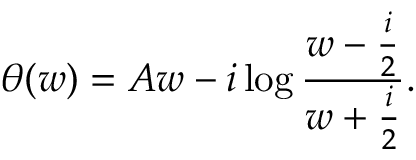
\theta ( w ) = A w - i \log { \frac { w - { \frac { i } { 2 } } } { w + { \frac { i } { 2 } } } } .